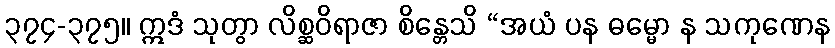
၃၇၄-၃၇၅။ ဣဒံ သုတွာ လိစ္ဆဝိရာဇာ စိန္တေသိ “အယံ ပန ဓမ္မော န သကုဏေန